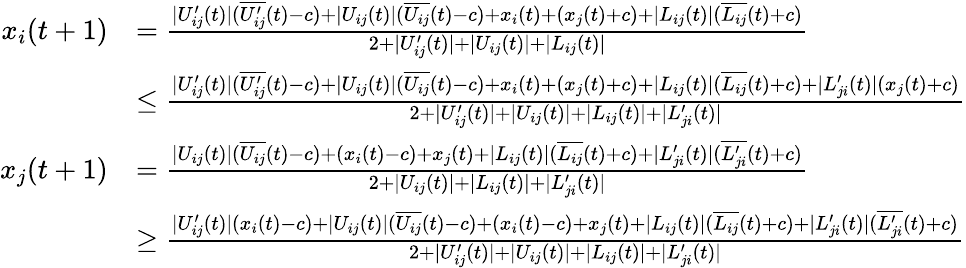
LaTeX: \begin{array}{rl}{x_{i}(t+1)}&{=\frac{|U_{ij}^{\prime}(t)|(\overline{{U_{ij}^{\prime}}}(t)-c)+|U_{ij}(t)|(\overline{{U_{ij}}}(t)-c)+x_{i}(t)+(x_{j}(t)+c)+|L_{ij}(t)|(\overline{{L_{ij}}}(t)+c)}{2+|U_{ij}^{\prime}(t)|+|U_{ij}(t)|+|L_{ij}(t)|}}\\ &{\leq\frac{|U_{ij}^{\prime}(t)|(\overline{{U_{ij}^{\prime}}}(t)-c)+|U_{ij}(t)|(\overline{{U_{ij}}}(t)-c)+x_{i}(t)+(x_{j}(t)+c)+|L_{ij}(t)|(\overline{{L_{ij}}}(t)+c)+|L_{ji}^{\prime}(t)|(x_{j}(t)+c)}{2+|U_{ij}^{\prime}(t)|+|U_{ij}(t)|+|L_{ij}(t)|+|L_{ji}^{\prime}(t)|}}\\ {x_{j}(t+1)}&{=\frac{|U_{ij}(t)|(\overline{{U_{ij}}}(t)-c)+(x_{i}(t)-c)+x_{j}(t)+|L_{ij}(t)|(\overline{{L_{ij}}}(t)+c)+|L_{ji}^{\prime}(t)|(\overline{{L_{ji}^{\prime}}}(t)+c)}{2+|U_{ij}(t)|+|L_{ij}(t)|+|L_{ji}^{\prime}(t)|}}\\ &{\geq\frac{|U_{ij}^{\prime}(t)|(x_{i}(t)-c)+|U_{ij}(t)|(\overline{{U_{ij}}}(t)-c)+(x_{i}(t)-c)+x_{j}(t)+|L_{ij}(t)|(\overline{{L_{ij}}}(t)+c)+|L_{ji}^{\prime}(t)|(\overline{{L_{ji}^{\prime}}}(t)+c)}{2+|U_{ij}^{\prime}(t)|+|U_{ij}(t)|+|L_{ij}(t)|+|L_{ji}^{\prime}(t)|}}\end{array}